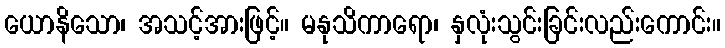
ယောနိသော၊ အသင့်အားဖြင့်။ မနုသိကာရော၊ နှလုံးသွင်းခြင်းလည်းကောင်း။